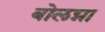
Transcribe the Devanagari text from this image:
बोलग्ना